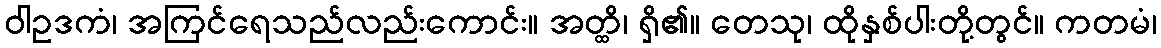
ဝါဥဒကံ၊ အကြင်ရေသည်လည်းကောင်း။ အတ္ထိ၊ ရှိ၏။ တေသု၊ ထိုနှစ်ပါးတို့တွင်။ ကတမံ၊